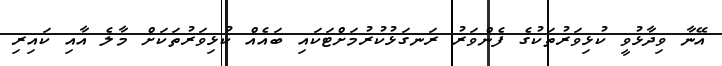
އޭނާ ވިދާޅުވީ ކުޅިވަރުތަކުގެ ފެންވަރު ރަނގަޅުކުރުމަށްޓަކައި ބައެއް ކުޅިވަރުތަކަށް މާލެ އާއި ކައިރި